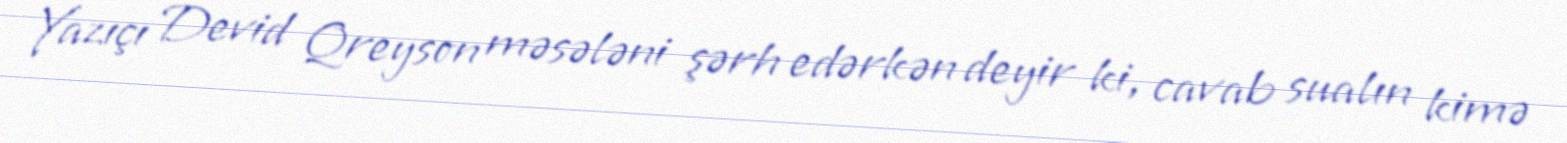
Yazıçı Devid Qreyson məsələni şərh edərkən deyir ki, cavab sualın kimə